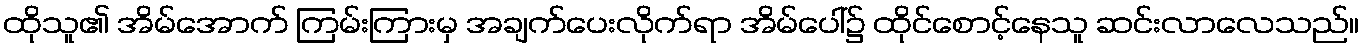
ထိုသူ၏ အိမ်အောက် ကြမ်းကြားမှ အချက်ပေးလိုက်ရာ အိမ်ပေါ်၌ ထိုင်စောင့်နေသူ ဆင်းလာလေသည်။